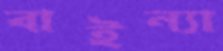
বাইন্যা